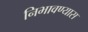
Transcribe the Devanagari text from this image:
निभावण्यास